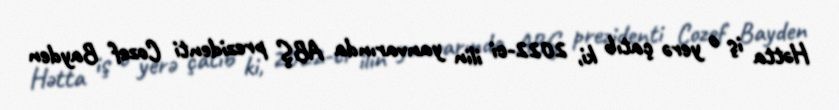
Hətta iş o yerə çatıb ki, 2022-ci ilin yanvarında ABŞ prezidenti Cozef Bayden